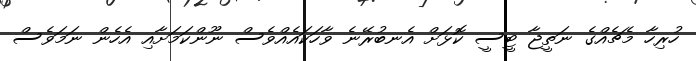
ހުރިހާ މެޗެއްގެ ނަތީޖާ ޓީސީ ކޮޅަށް އެނބުރޭނެ ވާހަކައެއްވެސް ނޫންކަމަށާއި އެހެން ނަމަވެސް